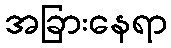
အခြားနေရာ